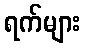
ရက်များ